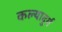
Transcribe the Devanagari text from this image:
कल्यादुर्ग